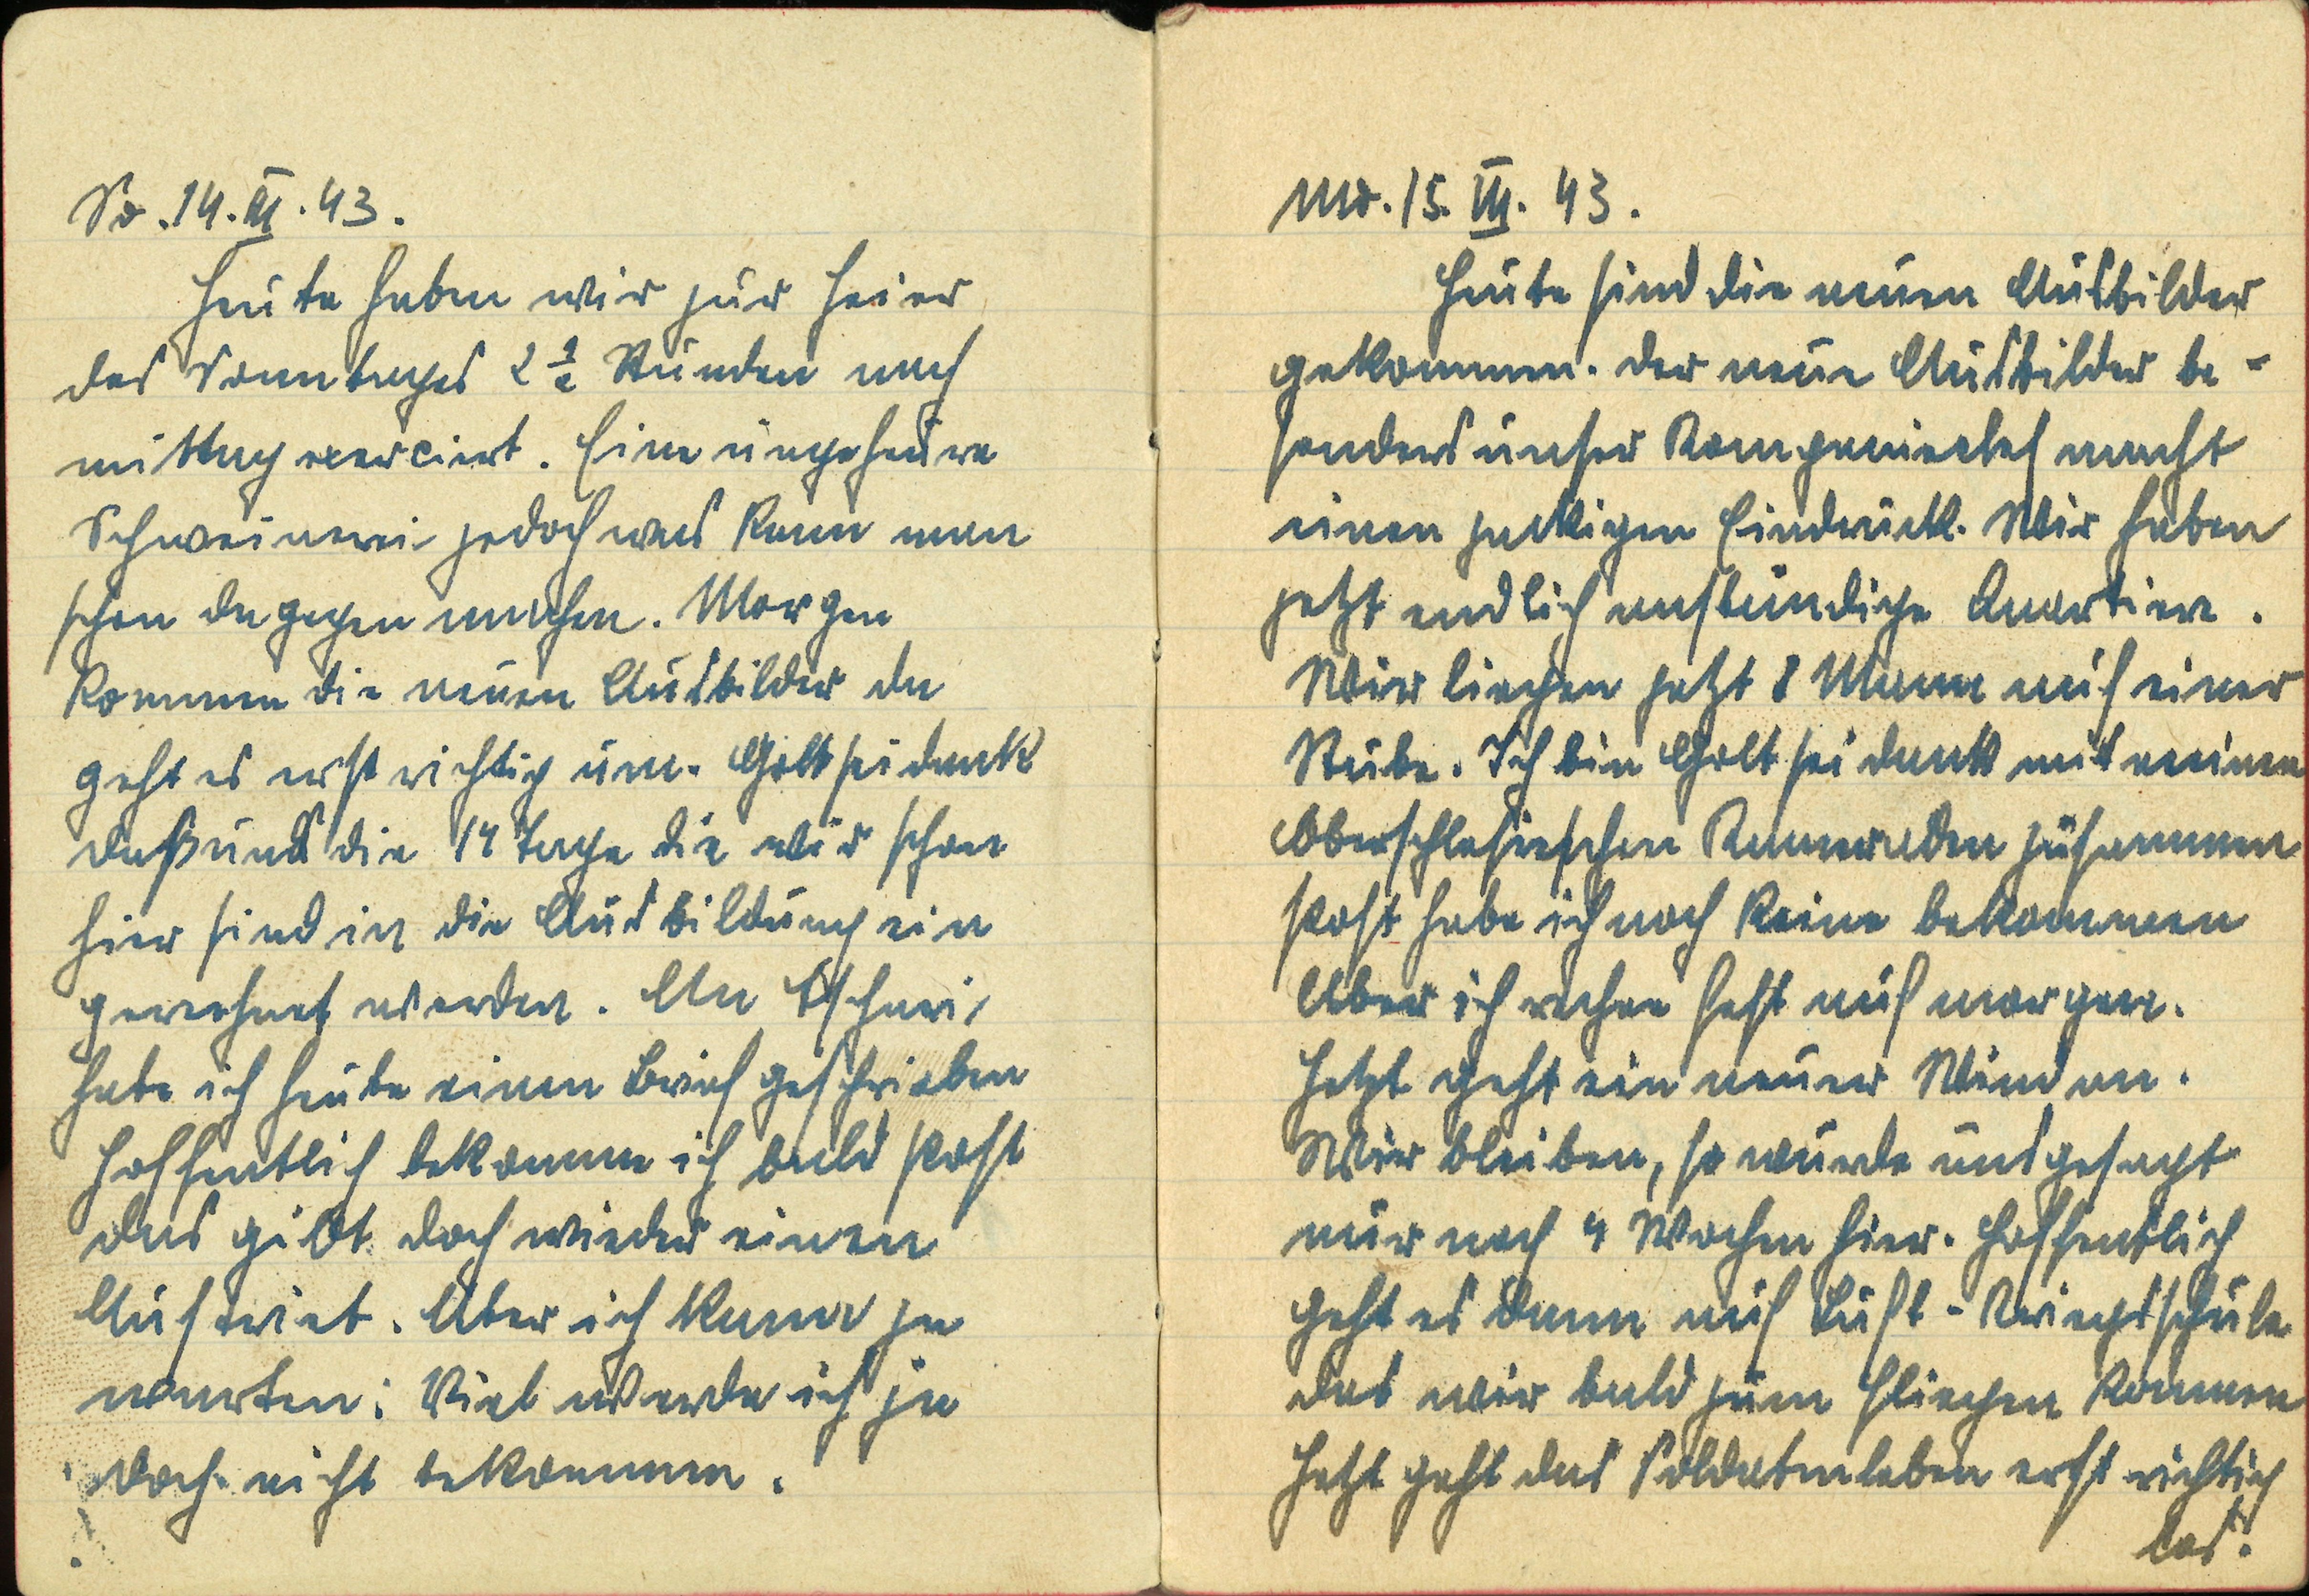
Mo. 15. III. 43.
Heute sind die neuen Ausbildner
gekommen. Der neue Ausbildner be¬
sonders unser Kompaniechef macht
einen zackigen Eindruck. Wir haben
jetzt endlich anständige Quartiere.
Wir liegen jetzt 8 Mann auf einer
Stube. Ich bin Gott sei dank mit einem
oberschlesischen Kameraden zusammen
Post habe ich noch keine bekommen
Aber ich rechne fest auf morgen.
Jetzt geht ein ein neuer Wind um.
Wir bleiben, so wurde uns gesagt
nur noch 4 Wochen hier. Hoffentlich
geht es dann auf Luft-Kriegsschule
das wir bald zum fliegen kommen
jetzt geht das Soldatenleben erst richtig
los!

So. 14. III. 43.
Heute haben wir zur Feier
des Sonntages 2 1/2 Stunden nach
mittag exerciert. Eine ungeheure
Schweinerei, jedoch was kann man
schon dagegen machen. Morgen
kommen die neuen Ausbildner da
geht es erst richtig um. Gott sei dank
daß uns die 14 Tage die wir schon
hier sind in die Ausbildung ein
gerechnet werden. An Tschuri,
habe ich heute einen Brief geschrieben
hoffentlich bekomme ich bald Post
das gibt doch wieder einen
Auftrieb. Aber ich kann ja
warten. Viel werde ich ja
doch nicht bekommen.